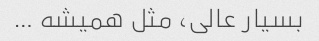
بسیار عالی، مثل همیشه …